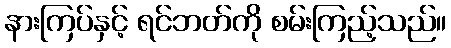
နားကြပ်နှင့် ရင်ဘတ်ကို စမ်းကြည့်သည်။